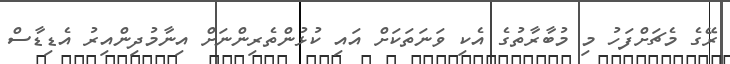
ރޭގެ މެޗަށްފަހު މި މުބާރާތުގެ އެކި ވަނަތަކަށް އައި ކުޅުންތެރިންނަށް އިނާމުދިންއިރު އެޑިޑާސް